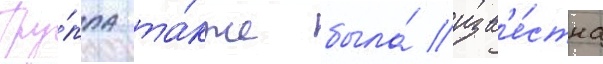
Гру́ппа та́кже была́ изв'е́стна